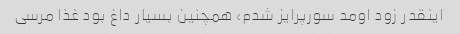
اینقدر زود اومد سورپرایز شدم، همچنین بسیار داغ بود غذا مرسی